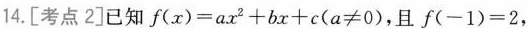
14.[考点2]已知$$f(x)=ax^{2}+bx+c(a\neq 0)$$，且$$f(-1)=2$$，